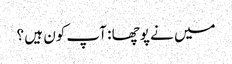
میں نے پوچھا : آپ کون ہیں ؟